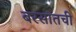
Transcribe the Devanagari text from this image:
बरसातची